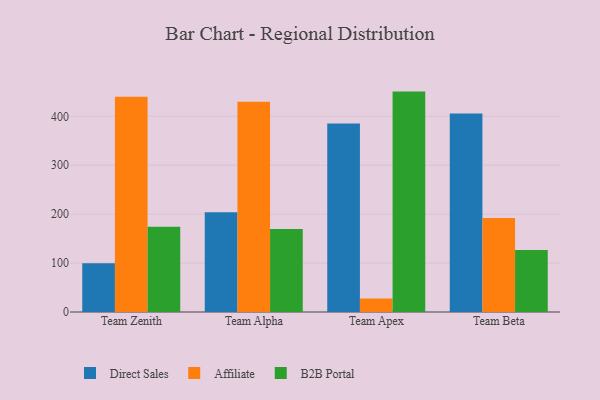
{"axis": {"x": "Team", "y": "Gross Profit (USD K)"}, "legend": ["Affiliate", "B2B Portal", "Direct Sales"], "data": [{"x": "Team Zenith", "y": 99.8, "type": "Direct Sales"}, {"x": "Team Zenith", "y": 439.8, "type": "Affiliate"}, {"x": "Team Zenith", "y": 174.5, "type": "B2B Portal"}, {"x": "Team Alpha", "y": 204.0, "type": "Direct Sales"}, {"x": "Team Alpha", "y": 430.0, "type": "Affiliate"}, {"x": "Team Alpha", "y": 169.6, "type": "B2B Portal"}, {"x": "Team Apex", "y": 385.2, "type": "Direct Sales"}, {"x": "Team Apex", "y": 27.6, "type": "Affiliate"}, {"x": "Team Apex", "y": 450.5, "type": "B2B Portal"}, {"x": "Team Beta", "y": 405.8, "type": "Direct Sales"}, {"x": "Team Beta", "y": 192.3, "type": "Affiliate"}, {"x": "Team Beta", "y": 126.9, "type": "B2B Portal"}]}